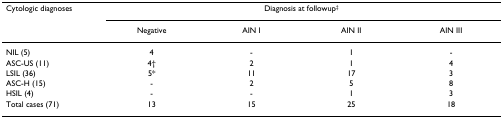
| Cytologic diagnoses | <COLSPAN=4> Diagnosis at followup‡ |
 |  | Negative | AIN I | AIN II | AIN III |
 | --- | --- | --- | --- | --- |
 | NIL (5) | 4 | - | 1 | - |
 | ASC-US (11) | 4† | 2 | 1 | 4 |
 | LSIL (36) | 5* | 11 | 17 | 3 |
 | ASC-H (15) | - | 2 | 5 | 8 |
 | HSIL (4) | - | - | 1 | 3 |
 | Total cases (71) | 13 | 15 | 25 | 18 |